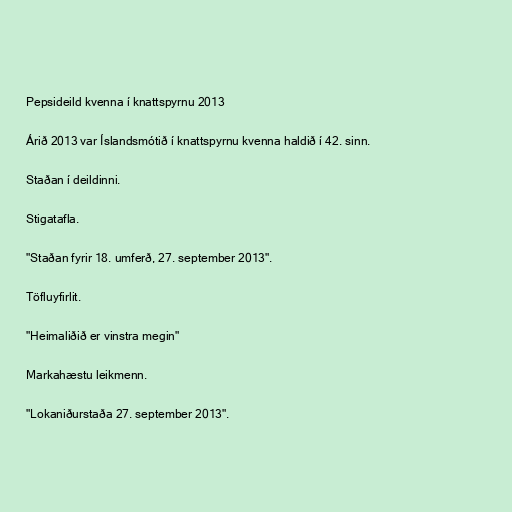
Pepsideild kvenna í knattspyrnu 2013

Árið 2013 var Íslandsmótið í knattspyrnu kvenna haldið í 42. sinn.

Staðan í deildinni.

Stigatafla.

"Staðan fyrir 18. umferð, 27. september 2013".

Töfluyfirlit.

"Heimaliðið er vinstra megin"

Markahæstu leikmenn.

"Lokaniðurstaða 27. september 2013".